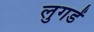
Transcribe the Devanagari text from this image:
लुगडें